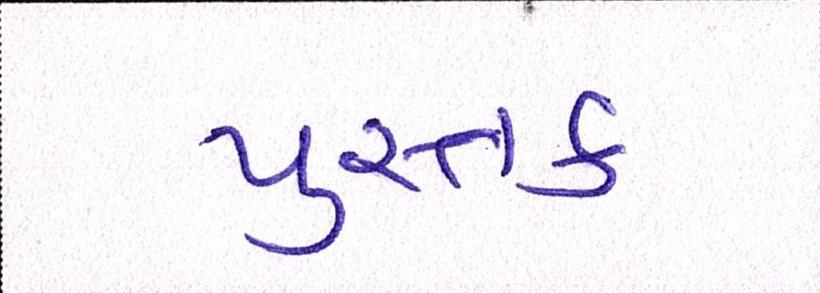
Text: પુસ્તક